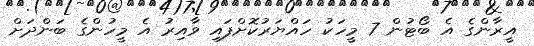
އީރާންގެ އެ ބޯޓުން 7 މީހަކު ހައްޔަރުކޮށްފައި ވާއިރު އެ މީހުންގެ ބަންދަށް